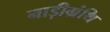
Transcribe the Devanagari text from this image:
नाड़ीग्रंथि